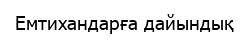
Емтихандарға дайындық